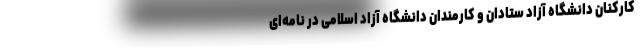
کارکنان دانشگاه آزاد ستادان و کارمندان دانشگاه آزاد اسلامی در نامه‌ای